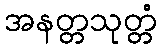
အနတ္တသုတ္တံ